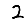
Digit: 2